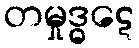
တမှုဒ္ဓဋေ